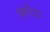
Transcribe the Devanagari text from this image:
स्कोंडा